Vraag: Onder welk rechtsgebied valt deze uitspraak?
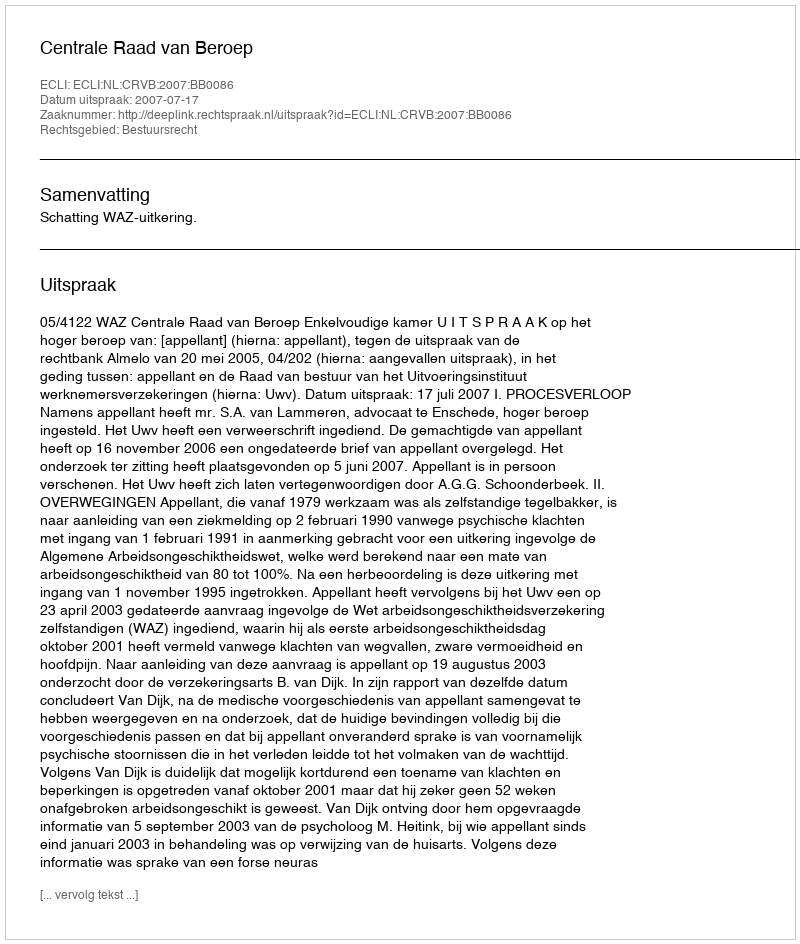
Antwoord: Bestuursrecht